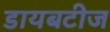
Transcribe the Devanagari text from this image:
डायबटीज